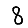
Digit: 8